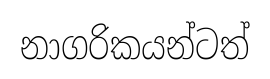
නාගරිකයන්ටත්